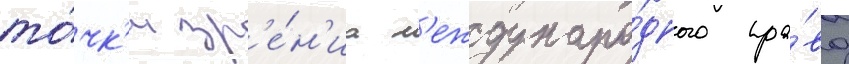
то́чк'и зр'е́н'иа м'еждунаро́дного пра́ва